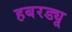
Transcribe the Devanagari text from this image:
हबरड्यू